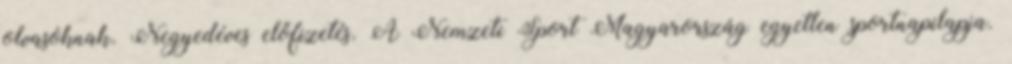
olvasóknak. Negyedéves előfizetés. A Nemzeti Sport Magyarország egyetlen sportnapilapja.